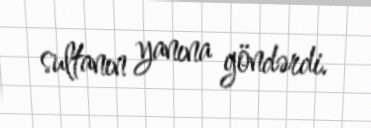
sultanın yanına göndərdi.